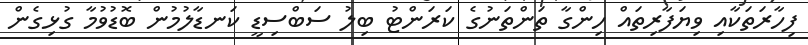
ފިހާރަތަކާއި ވިޔަފާރިތައް ހިންގާ ތަންތަނުގެ ކަރަންޓު ބިލު ސަބްސިޑީ ކަނޑާލުމުން ބޮޑުވުމާ ގުޅިގެން